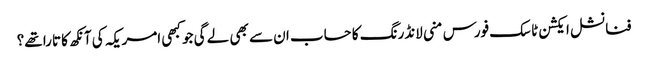
فنانشل ایکشن ٹاسک فورس منی لانڈرنگ کا حساب ان سے بھی لے گی جو کبھی امریکہ کی آنکھ کا تارا تھے؟